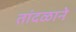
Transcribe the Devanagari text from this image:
तांदळाने